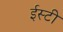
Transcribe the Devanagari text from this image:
ईस्टी